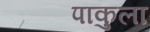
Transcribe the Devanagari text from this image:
पाकुला